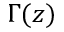
\Gamma ( z )